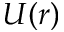
U ( r )